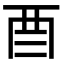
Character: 𮠕